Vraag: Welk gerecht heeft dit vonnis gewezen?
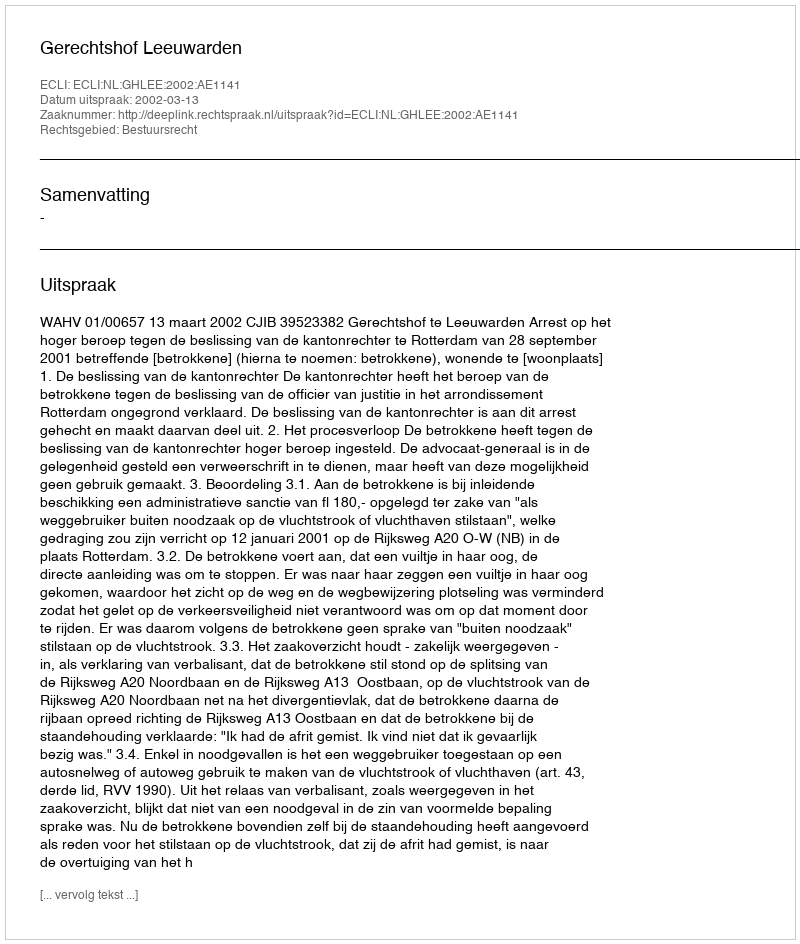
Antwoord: Gerechtshof Leeuwarden